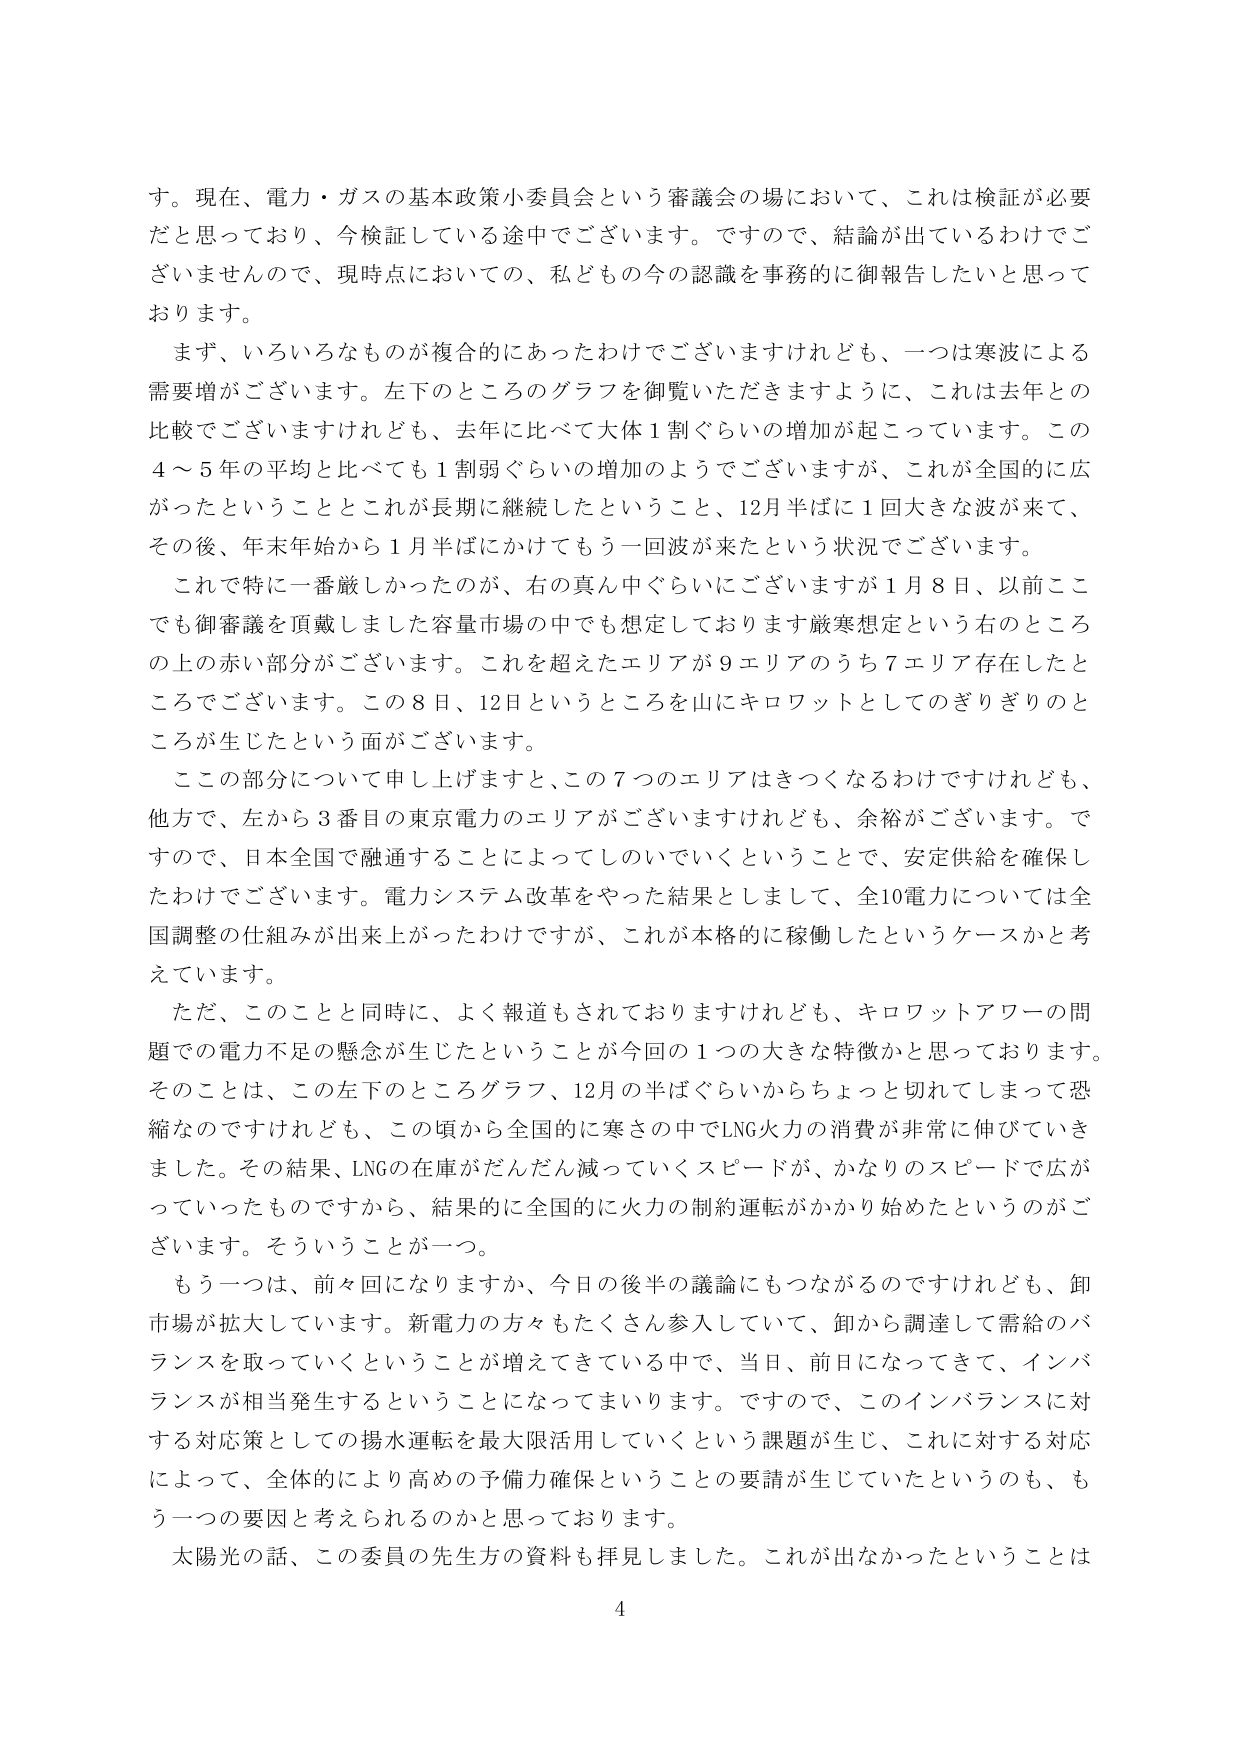
す。現在、電力・ガスの基本政策小委員会という審議会の場において、これは検証が必要だと思っており、今検証している途中でございます。ですので、結論が出ているわけではありませんので、現時点においての、私どもの今の認識を事務的に御報告したいと思っております。

まず、いろいろなものが複合的にあったわけでございますけれども、一つは寒波による需要増がございます。左下のところのグラフを御覧いただきますように、これは去年との比較でございますけれども、去年に比べて大体１割ぐらいの増加が起こっています。この４～５年の平均と比べても１割弱ぐらいの増加のようでございますが、これが全国的に広がったということとこれが長期に継続したということ、12月半ばに１回大きな波が来て、その後、年末年始から１月半ばにかけてもう一回波が来たという状況でございます。

これで特に一番厳しかったのが、右の真ん中ぐらいにございますが１月８日、以前ここでも御審議を頂戴しました容量市場の中でも想定しております厳寒想定という右のところの上の赤い部分がございます。これを越えたエリアが９エリアのうち７エリア存在したところでございます。この８日、12日というところを山にキロワットとしてのぎりぎりのところが生じたという面がございます。

この部分について申し上げますと、この７つのエリアはきつくなるわけではけれども、他方で、左から３番目の東京電力のエリアがございますけれども、余裕がございます。ですので、日本全国で融通することによってしのいでいくということで、安定供給を確保したわけでございます。電力システム改革をやった結果としまして、全10電力については全国調整の仕組みが出来上がったわけですが、これが本格的に稼働したというケースかと考えています。

ただ、このことと同時に、よく報道もされておりますけれども、キロワットアワーの問題での電力不足の懸念が生じたということが今回の１つの大きな特徴かと思っております。そのことは、この左下のところグラフ、12月の半ばぐらいからちょっと切れてしまって恐縮なのですがけれども、この頃から全国的に寒さの中でLNG火力の消費が非常に伸びていきました。その結果、LNGの在庫がだんだん減っていくスピードが、かなりのスピードで広がっていったものですから、結果的に全国的に火力の制約運転がかかり始めたというのがございます。そういうことが一つ。

もう一つは、前々回になりますか、今日の後半の議論にもつながるのですけれども、卸市場が拡大しています。新電力の方々もたくさん参入していて、卸から調達して需給のバランスを取っていくということが増えてきている中で、当日、前日になってきて、インバランスが相当発生するということになってまいります。ですので、このインバランスに対する対策としての揚水運転を最大限活用していくという課題が生じ、これに対する対応によって、全体的により高めの予備力確保ということの要請が生じていたというのも、もう一つの要因と考えられるのかと思っております。

太陽光の話、この委員の先生方の資料も拝見しました。これが出なかったということは

4